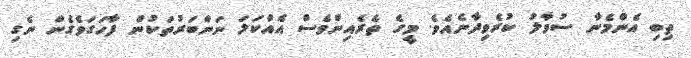
ތިބި އެންމެނާ ސުވާލު ކުރެވިދާނެއެވެ. މީގެ ތެރެއިންވެސް އެއްކަލަ ނަންބަރުތަކުން ފާހަގަވެގެން ނެގި